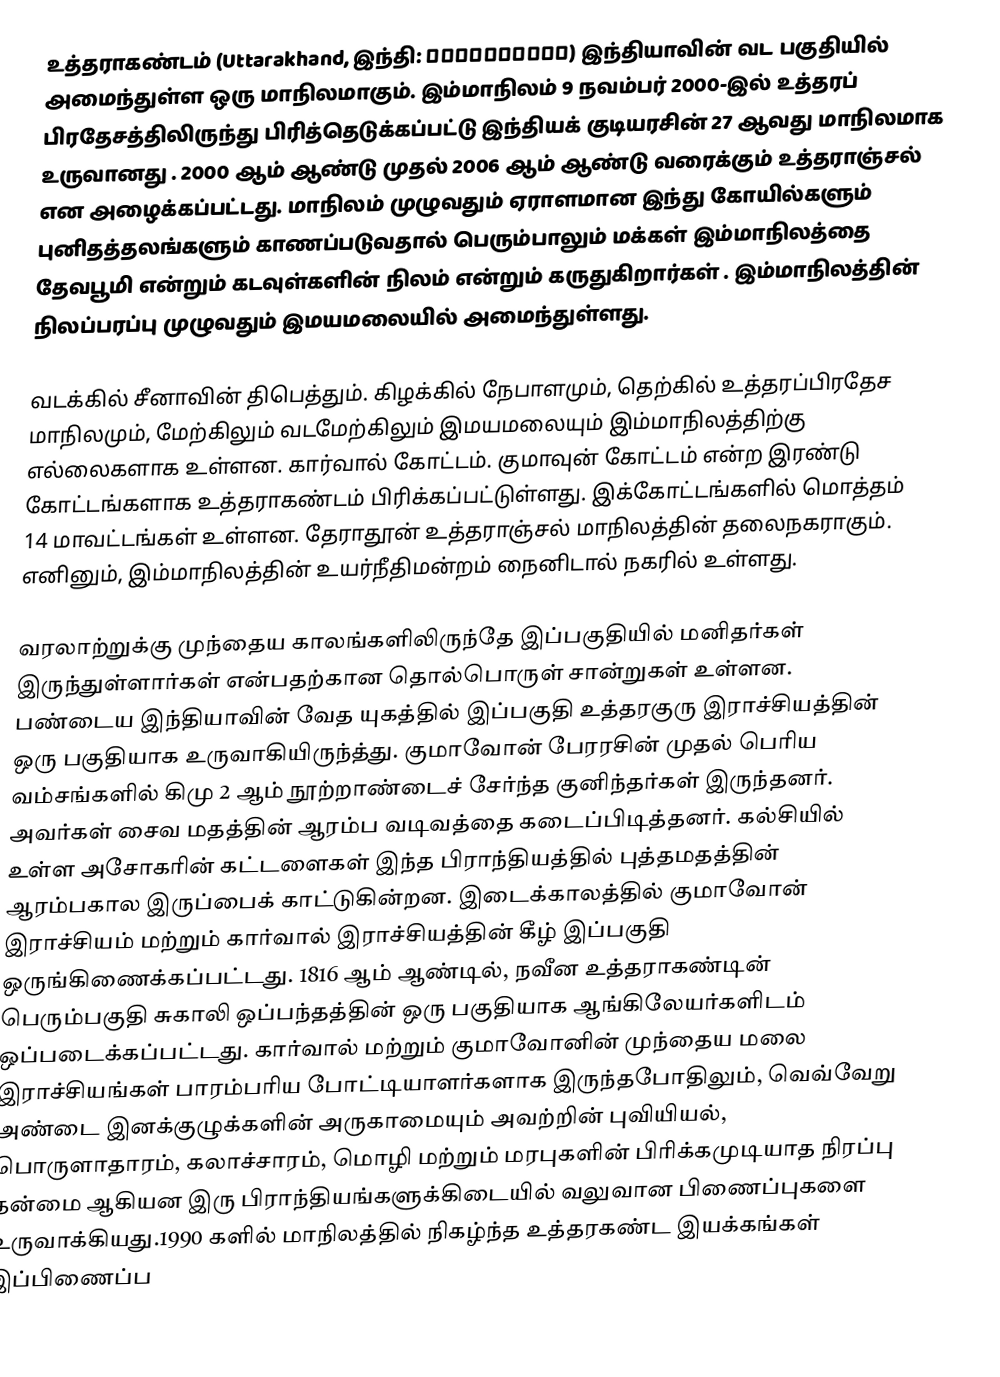
உத்தராகண்டம்  (Uttarakhand, இந்தி: उत्तराखण्ड) இந்தியாவின் வட பகுதியில் அமைந்துள்ள ஒரு மாநிலமாகும். இம்மாநிலம் 9 நவம்பர் 2000-இல் உத்தரப் பிரதேசத்திலிருந்து பிரித்தெடுக்கப்பட்டு இந்தியக் குடியரசின் 27 ஆவது மாநிலமாக உருவானது . 2000 ஆம் ஆண்டு முதல்  2006 ஆம் ஆண்டு வரைக்கும் உத்தராஞ்சல்  என அழைக்கப்பட்டது. மாநிலம் முழுவதும் ஏராளமான இந்து கோயில்களும் புனிதத்தலங்களும் காணப்படுவதால் பெரும்பாலும் மக்கள் இம்மாநிலத்தை தேவபூமி என்றும் கடவுள்களின் நிலம் என்றும் கருதுகிறார்கள் . இம்மாநிலத்தின் நிலப்பரப்பு முழுவதும் இமயமலையில் அமைந்துள்ளது.

வடக்கில் சீனாவின் திபெத்தும். கிழக்கில் நேபாளமும், தெற்கில் உத்தரப்பிரதேச மாநிலமும், மேற்கிலும் வடமேற்கிலும் இமயமலையும் இம்மாநிலத்திற்கு எல்லைகளாக உள்ளன. கார்வால் கோட்டம். குமாவுன் கோட்டம் என்ற இரண்டு கோட்டங்களாக உத்தராகண்டம் பிரிக்கப்பட்டுள்ளது. இக்கோட்டங்களில் மொத்தம் 14 மாவட்டங்கள் உள்ளன. தேராதூன் உத்தராஞ்சல் மாநிலத்தின் தலைநகராகும். எனினும், இம்மாநிலத்தின் உயர்நீதிமன்றம் நைனிடால் நகரில் உள்ளது.

வரலாற்றுக்கு முந்தைய காலங்களிலிருந்தே  இப்பகுதியில் மனிதர்கள் இருந்துள்ளார்கள் என்பதற்கான தொல்பொருள் சான்றுகள் உள்ளன. பண்டைய இந்தியாவின் வேத யுகத்தில் இப்பகுதி உத்தரகுரு இராச்சியத்தின் ஒரு பகுதியாக உருவாகியிருந்த்து. குமாவோன் பேரரசின் முதல் பெரிய வம்சங்களில் கிமு 2 ஆம் நூற்றாண்டைச் சேர்ந்த குனிந்தர்கள் இருந்தனர். அவர்கள் சைவ மதத்தின் ஆரம்ப வடிவத்தை கடைப்பிடித்தனர். கல்சியில் உள்ள அசோகரின் கட்டளைகள் இந்த பிராந்தியத்தில்  புத்தமதத்தின் ஆரம்பகால இருப்பைக் காட்டுகின்றன. இடைக்காலத்தில்  குமாவோன் இராச்சியம் மற்றும் கார்வால் இராச்சியத்தின் கீழ் இப்பகுதி ஒருங்கிணைக்கப்பட்டது. 1816 ஆம் ஆண்டில், நவீன உத்தராகண்டின் பெரும்பகுதி சுகாலி ஒப்பந்தத்தின் ஒரு பகுதியாக ஆங்கிலேயர்களிடம் ஒப்படைக்கப்பட்டது. கார்வால் மற்றும் குமாவோனின் முந்தைய மலை இராச்சியங்கள் பாரம்பரிய போட்டியாளர்களாக இருந்தபோதிலும், வெவ்வேறு அண்டை இனக்குழுக்களின் அருகாமையும் அவற்றின் புவியியல், பொருளாதாரம், கலாச்சாரம், மொழி மற்றும் மரபுகளின் பிரிக்கமுடியாத நிரப்பு தன்மை ஆகியன இரு பிராந்தியங்களுக்கிடையில் வலுவான பிணைப்புகளை உருவாக்கியது.1990 களில் மாநிலத்தில் நிகழ்ந்த உத்தரகண்ட இயக்கங்கள் இப்பிணைப்ப